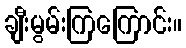
ချီးမွမ်းကြကြောင်း။